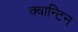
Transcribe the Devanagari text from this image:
क्वान्टिन